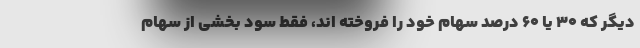
دیگر که ۳۰ یا ۶۰ درصد سهام خود را فروخته اند، فقط سود بخشی از سهام